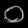
Digit: ၀